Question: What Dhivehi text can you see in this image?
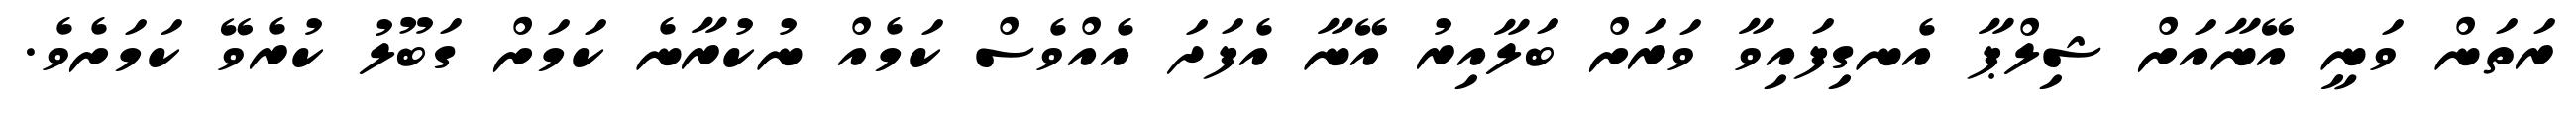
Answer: ރަތަން ވަނީ އޭނާއަށް ޝިލްޕާ އެނގިފައިވާ ވަރަށް ބަލާއިރު އޭނާ އެފަދަ އެއްވެސް ކަމެއް ނުކުރާނެ ކަމަށް ގަބޫލު ކުރެވޭ ކަމަށެވެ.